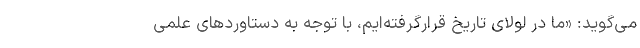
می‌گوید: «ما در لولای تاریخ قرارگرفته‌ایم، با توجه به دستاوردهای علمی